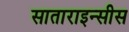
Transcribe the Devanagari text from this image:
साताराइन्सीस